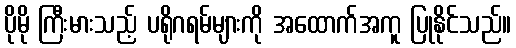
ပိုမို ကြီးမားသည့် ပရိုဂရမ်များကို အထောက်အကူ ပြုနိုင်သည်။